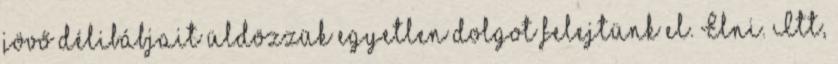
jövő délibábjait üldözzük egyetlen dolgot felejtünk el. Élni. Itt,